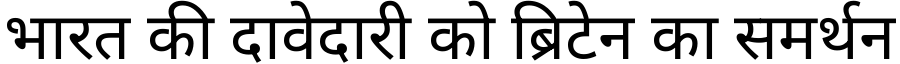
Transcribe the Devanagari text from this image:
भारत की दावेदारी को ब्रिटेन का समर्थन